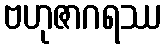
ဗဟုဇာဂရဿ